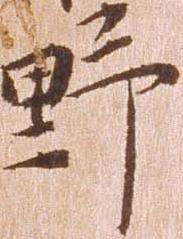
野